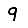
Digit: 9